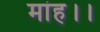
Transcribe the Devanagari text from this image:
मांह।।